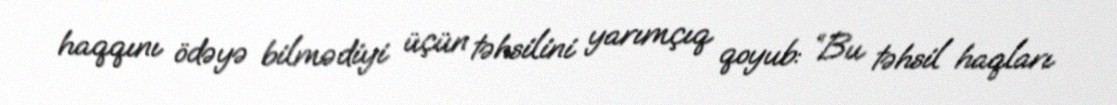
haqqını ödəyə bilmədiyi üçün təhsilini yarımçıq qoyub: “Bu təhsil haqları